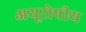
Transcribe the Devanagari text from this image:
अयूरोपीय